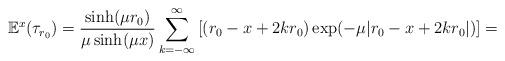
LaTeX: \begin{align*}\mathbb{E}^x(\tau_{r_0}) = \frac{\sinh(\mu r_0)}{\mu \sinh(\mu x)}\sum_{k=-\infty}^{\infty} \left[(r_0-x + 2kr_0) \exp(-\mu |r_0-x+2kr_0|) \right]=\\\end{align*}